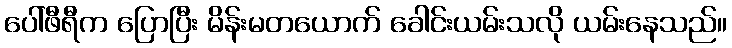
ပေါ်ဖီရီက ပြောပြီး မိန်းမတယောက် ခေါင်းယမ်းသလို ယမ်းနေသည်။